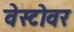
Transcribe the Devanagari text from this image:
वेस्टोवर